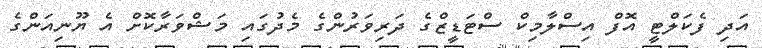
އަދި ފެކަލްޓީ އޮފް އިސްލާމިކް ސްޓަޑީޒްގެ ދަރިވަރުންގެ މެދުގައި މަޝްވަރާކޮށް އެ ޔޫނިއަންގެ